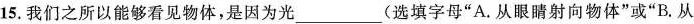
15.我们之所以能够看见物体，是因为光___(选填字母”A.从眼睛射向物体”或”B.从